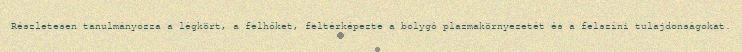
Részletesen tanulmányozza a légkört, a felhőket, feltérképezte a bolygó plazmakörnyezetét és a felszíni tulajdonságokat.